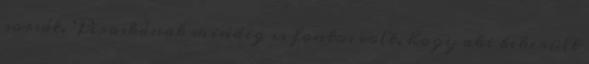
sorsát. Piroskának mindig is fontos volt, hogy aki bekerült